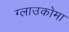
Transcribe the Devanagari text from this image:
ग्लाउकोमा